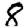
Digit: 8